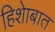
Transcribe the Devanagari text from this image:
हिशेाबात